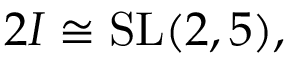
2 I \cong \operatorname { S L } ( 2 , 5 ) ,